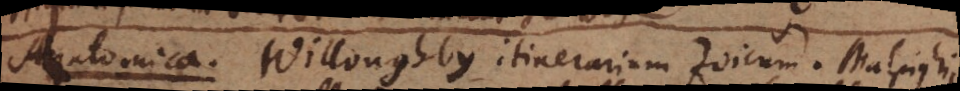
Anatomica Willughby itinerarium Zoicum. Malphighii